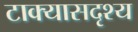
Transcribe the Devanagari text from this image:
टाक्यासदृश्य